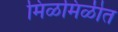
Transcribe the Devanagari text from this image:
मिळमिळीत